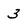
Character: 3